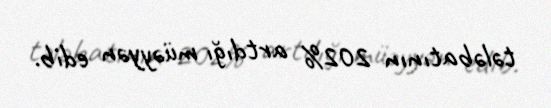
tələbatının 202% artdığı müəyyən edib.